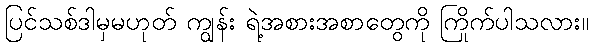
ပြင်သစ်ဒါမှမဟုတ် ကျွန်း ရဲ့အစားအစာတွေကို ကြိုက်ပါသလား။